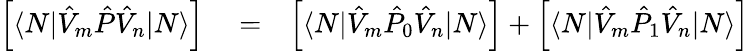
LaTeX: \begin{array}{rlr}{\left[\langle N|\hat{V}_{m}\hat{P}\hat{V}_{n}|N\rangle\right]}&{{}=}&{\left[\langle N|\hat{V}_{m}\hat{P}_{0}\hat{V}_{n}|N\rangle\right]+\left[\langle N|\hat{V}_{m}\hat{P}_{1}\hat{V}_{n}|N\rangle\right]}\end{array}